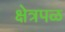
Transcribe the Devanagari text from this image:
क्षेत्रपळ